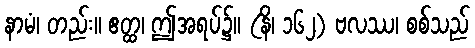
နာမံ၊ တည်း။ ဧတ္ထ၊ ဤအရပ်၌။ (နိ၊ ၁၆၂) ဗလဿ၊ စစ်သည်